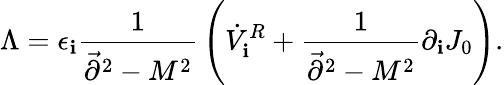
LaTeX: \Lambda=\epsilon_{\mathbf{i}}{\frac{{1}}{{\vec{{\partial}}^{2}-M^{2}}}}\left(\dot{{V}}_{\mathbf{i}}^{R}+{\frac{{1}}{{\vec{{\partial}}^{2}-M^{2}}}}\partial_{\mathbf{i}}J_{0}\right).